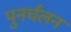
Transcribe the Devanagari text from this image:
पुनर्चलन